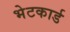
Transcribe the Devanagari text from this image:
भेटकार्ड